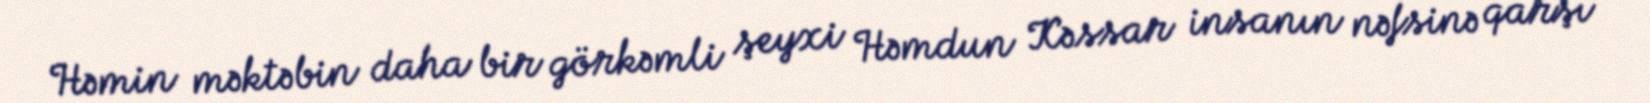
Həmin məktəbin daha bir görkəmli şeyxi Həmdun Kəssar insanın nəfsinə qarşı